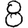
Digit: 8